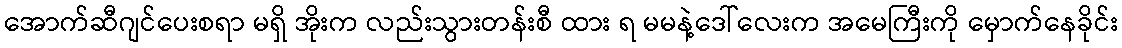
အောက်ဆီဂျင်ပေးစရာ မရှိ အိုးက လည်းသွားတန်းစီ ထား ရ မမနဲ့ဒေါ်လေးက အမေကြီးကို မှောက်နေခိုင်း